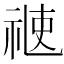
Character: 𥚄